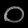
Digit: ၀